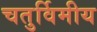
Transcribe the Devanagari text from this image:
चतुर्विमीय